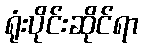
ရုံးပိုင်းဆိုင်ရာ